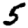
Digit: 5